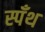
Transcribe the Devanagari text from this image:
स्पँथ